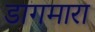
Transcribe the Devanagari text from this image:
डागमारा